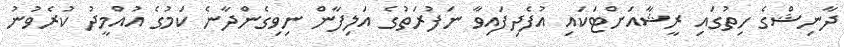
ދާނިޝްގެ ހިތުގައި ރީޝާއަށްޓަކައި އުފެދިފައިވާ ނަފުރަތުގެ އަލިފާން ނިވިގެންދާނެ ކަމުގެ އުއްމީދު ކުރެވުނު